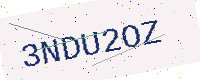
Text: 3NDU2OZ